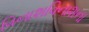
વિનાશવિનાશના